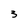
Character: 3